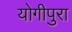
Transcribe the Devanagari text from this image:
योगीपुरा